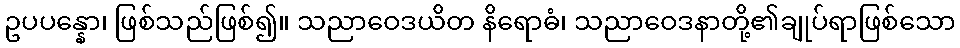
ဥပပန္နော၊ ဖြစ်သည်ဖြစ်၍။ သညာဝေဒယိတ နိရောဓံ၊ သညာဝေဒနာတို့၏ချုပ်ရာဖြစ်သော